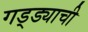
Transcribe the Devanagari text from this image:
गड्ड्याची